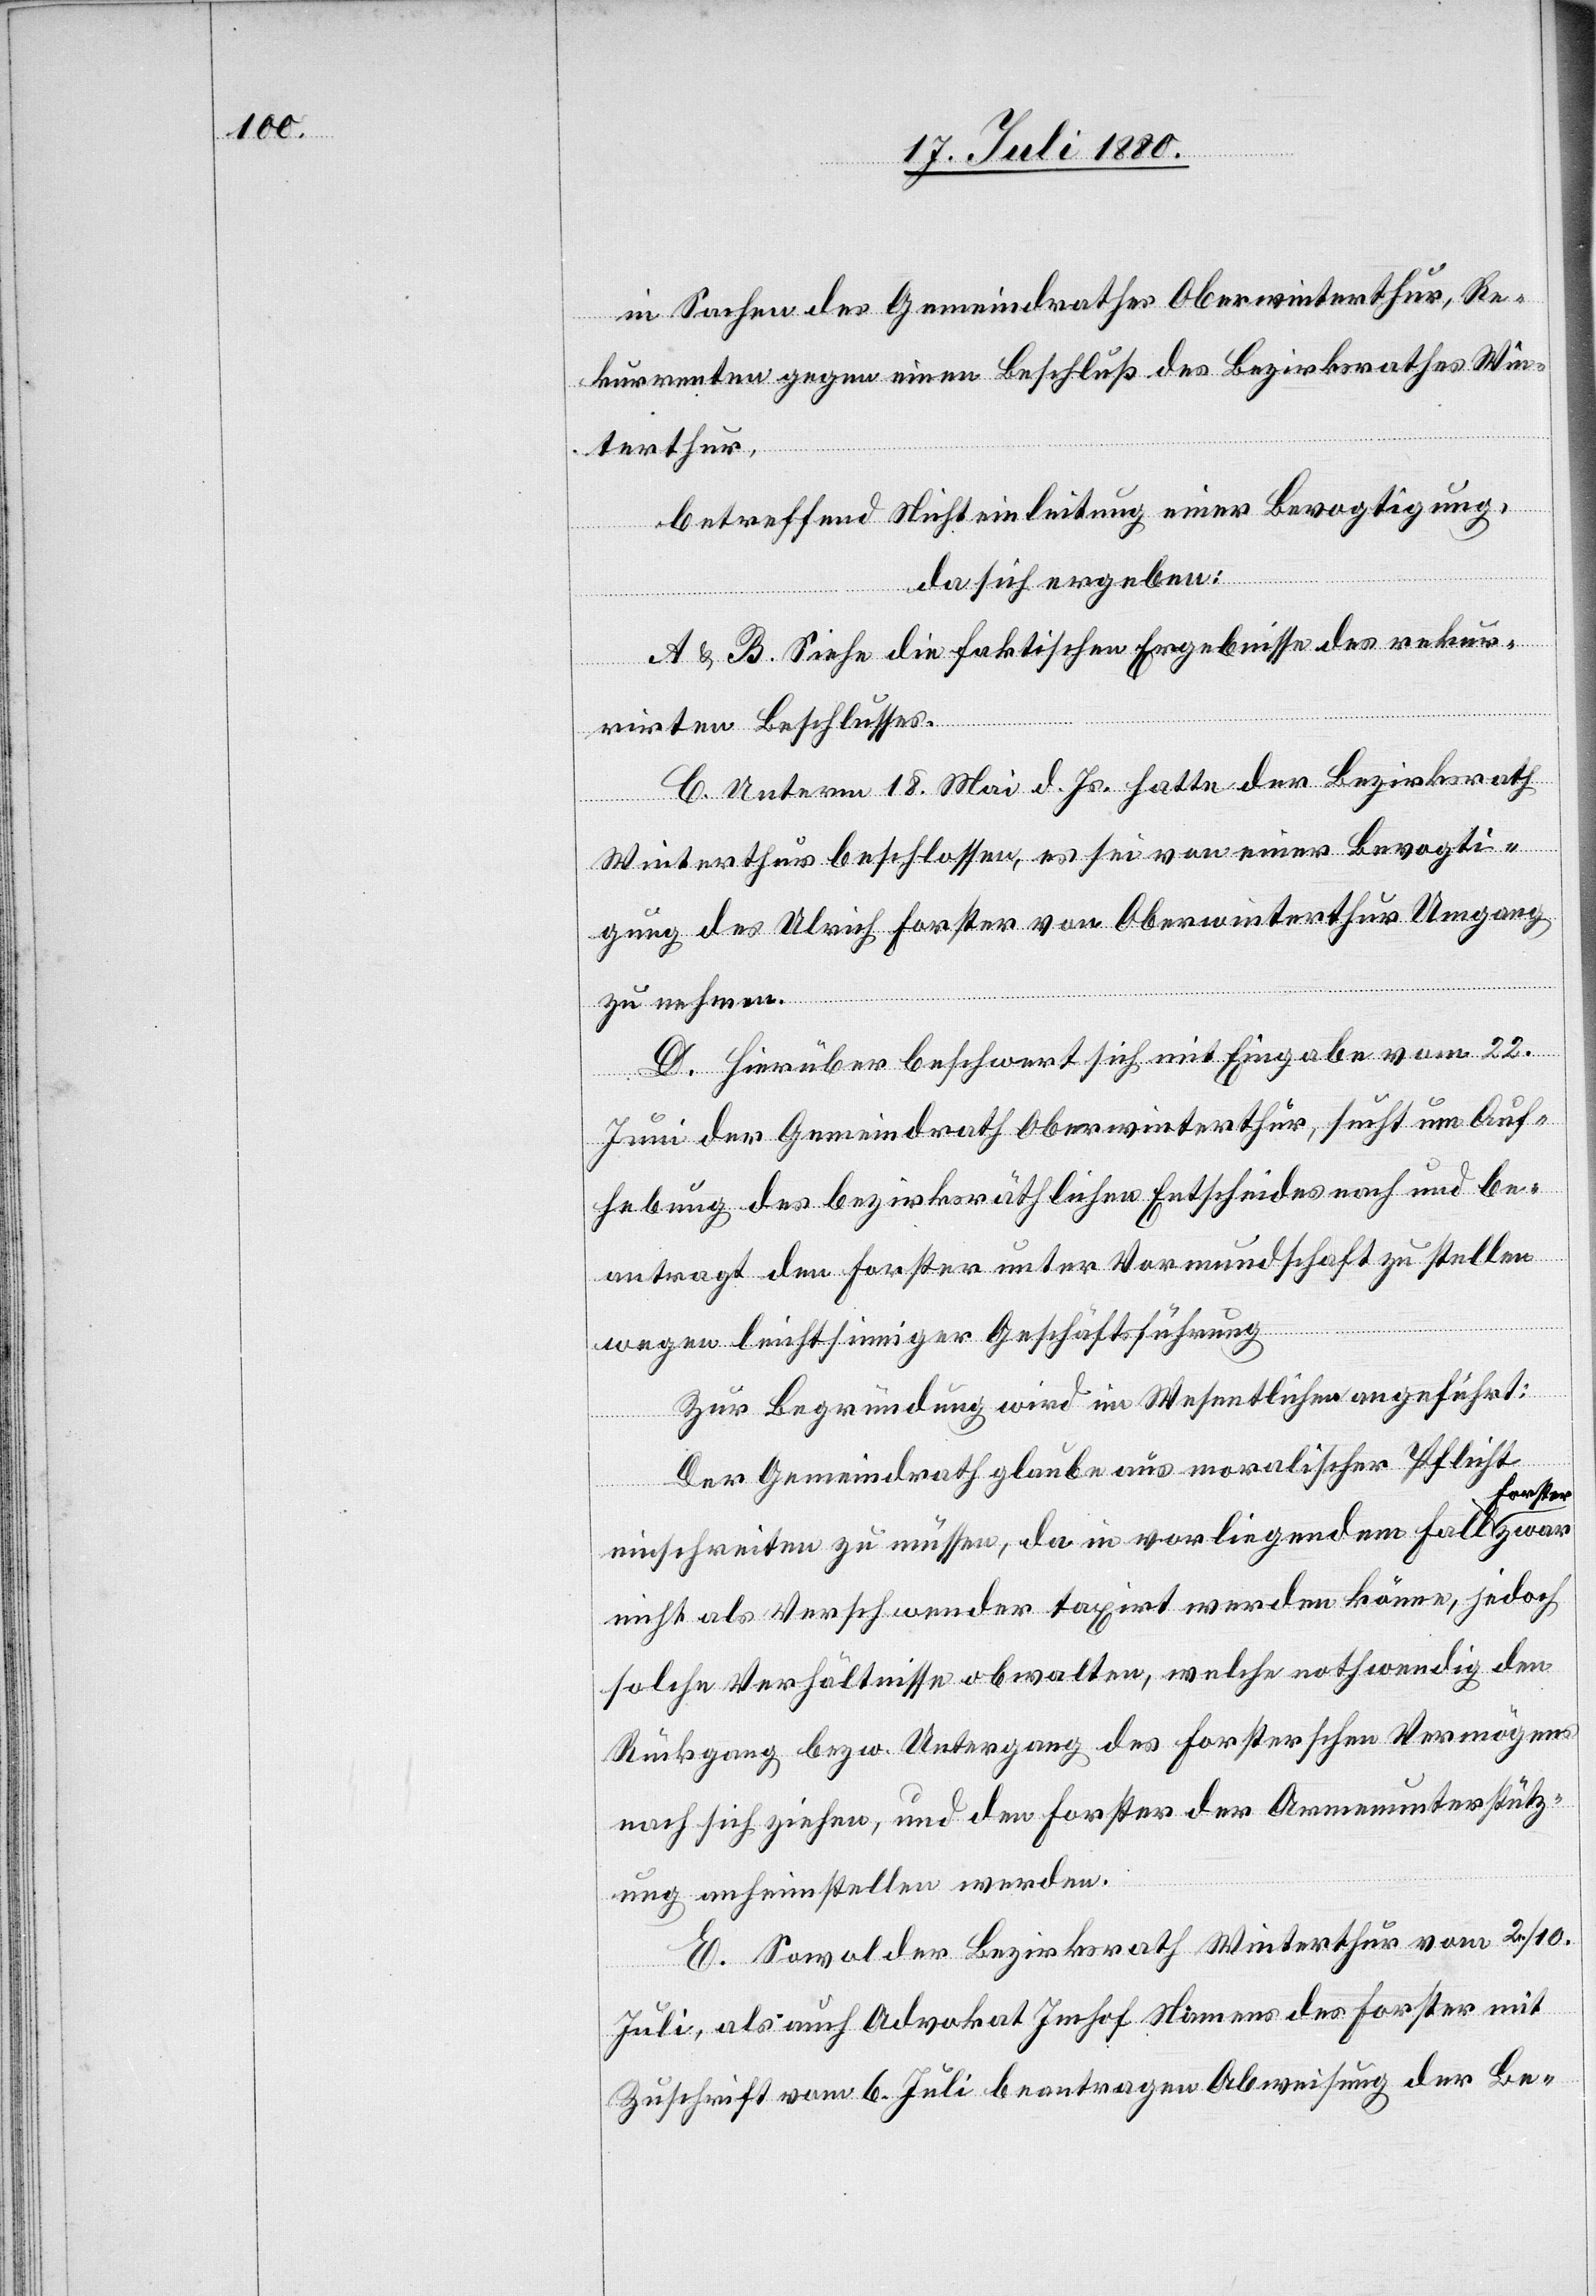
in Sachen des Gemeindrathes Oberwinterthur, Re¬
kurrenten gegen einen Beschluß des Bezirkrathes Win¬
terthur,
betreffend Nichteinleitung einer Bevogtigung,
da sich ergeben:
A & B. Siehe die faktischen Ergebnisse des rekur¬
rirten Beschlusses.
C. Unterm 18. Mai d. Js. hatte der Bezirksrath
Winterthur beschlossen, es sei von einer Bevogti¬
gung des Ulrich Forster von Oberwinterthur Umgang
zu nehmen.
D. Hierüber beschwert sich mit Eingabe vom 22.
Juni der Gemeindrath Oberwinterthur, sucht um Auf¬
hebung des bezirksräthlichen Entscheides nach und be¬
antragt den Forster unter Vormundschaft zu stellen
wegen leichtsinniger Geschäftsführung[.]
Zur Begründung wird im Wesentlichen angeführt:
Der Gemeindrath glaube aus moralischer Pflicht
einschreiten zu müssen, da in vorliegendem Fall For¬
nicht als Verschwender taxirt werden könne, jedoch
solche Verhältnisse obwalten, welche nothwendig den
Rückgang bezw. Untergang des Forsterschen Vermögens
nach sich ziehen, und den Forster der Armenunterstütz¬
ung anheimstellen werden.
E. Sowol der Bezirksrath Winterthur vom 2./10.
Juli, als auch Advokat Imhof Namens des Forster mit
Zuschrift vom 6. Juli beantragen Abweisung der Be-

zwar